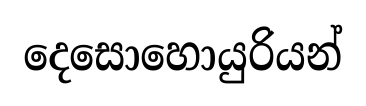
දෙසොහොයුරියන්